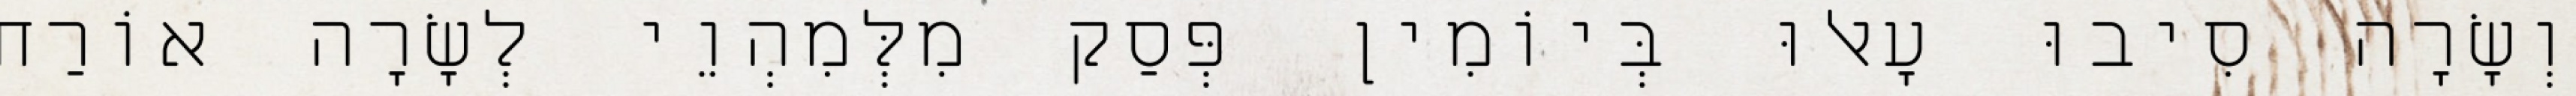
וְשָׂרָה סִיבוּ עָאלוּ בְּיוֹמִין פְּסַק מִלְּמִהְוֵי לְשָׂרָה אוֹרַח